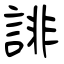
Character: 誹